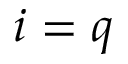
i = q